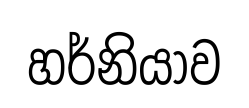
හර්නියාව